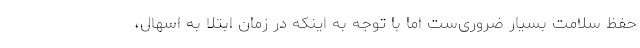
حفظ سلامت بسیار ضروری‌ست اما با توجه به اینکه در زمان ابتلا به اسهال،